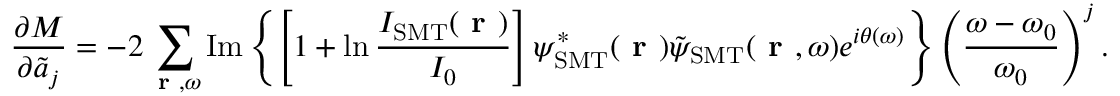
\frac { \partial M } { \partial \Tilde { a } _ { j } } = - 2 \sum _ { \textbf { r } , \omega } \mathrm { I m } \left\{ \left[ 1 + \ln \frac { I _ { \mathrm { S M T } } ( \textbf { r } ) } { I _ { 0 } } \right] \psi _ { \mathrm { S M T } } ^ { * } ( \textbf { r } ) \Tilde { \psi } _ { \mathrm { S M T } } ( \textbf { r } , \omega ) e ^ { i \theta ( \omega ) } \right\} \left( \frac { \omega - \omega _ { 0 } } { \omega _ { 0 } } \right) ^ { j } .